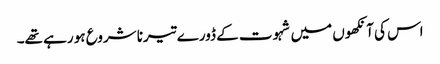
اس کی آنکھوں میں شہوت کے ڈورے تیرنا شروع ہو رہے تھے۔